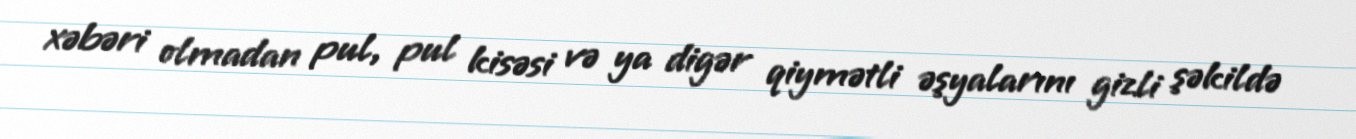
xəbəri olmadan pul, pul kisəsi və ya digər qiymətli əşyalarını gizli şəkildə